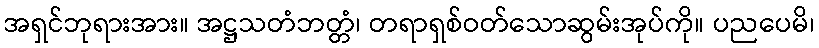
အရှင်ဘုရားအား။ အဋ္ဌသတံဘတ္တံ၊ တရာရှစ်ဝတ်သောဆွမ်းအုပ်ကို။ ပညပေမိ၊